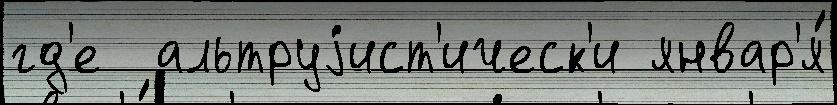
гд'е  альтруjист'ическ'и январ'я́